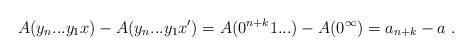
LaTeX: \begin{align*}A(y_n...y_1x) - A(y_n...y_1x') = A(0^{n+k}1...) - A(0^\infty) = a_{n+k} - a \ .\end{align*}